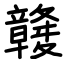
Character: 竷